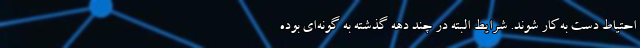
احتیاط دست به‌کار شوند. شرایط البته در چند دهه گذشته به گونه‌ای بوده